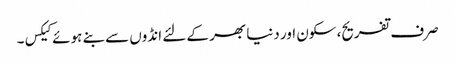
صرف تفریح، سکون اور دنیا بھر کے لئے انڈوں سے بنے ہوئے کیکس۔